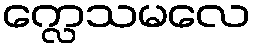
က္လေသမလေ